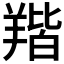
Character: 𦎥